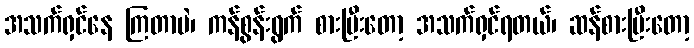
အသက်ရှင်နေ ကြတာပဲ၊ ကန်စွန်းရွက် စားပြီးတော့ အသက်ရှင်ရတယ်၊ ဆန်စားပြီးတော့